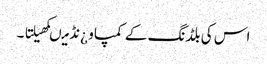
اس کی بلڈنگ کے کمپاو ¿نڈ میںکھیلتا ۔